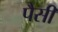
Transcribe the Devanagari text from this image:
पैसी